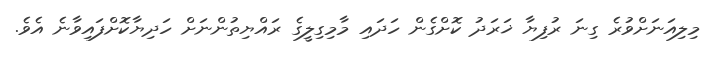
މިލިއަނަށްވުރެ ގިނަ ރުފިޔާ ޚަރަދު ކޮށްގެން ހަދައި މާމިގިލީގެ ރައްޔިތުންނަށް ހަދިޔާކޮށްފައިވާނެ އެވެ.